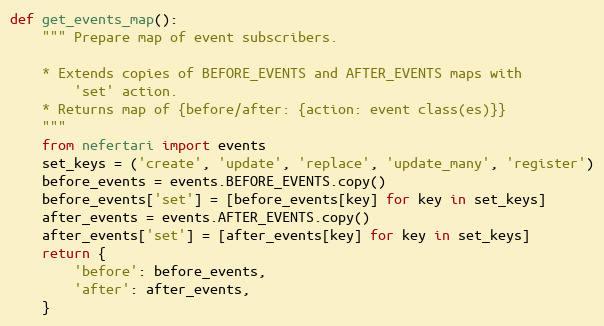
Language: Python
def get_events_map():
    """ Prepare map of event subscribers.

    * Extends copies of BEFORE_EVENTS and AFTER_EVENTS maps with
        'set' action.
    * Returns map of {before/after: {action: event class(es)}}
    """
    from nefertari import events
    set_keys = ('create', 'update', 'replace', 'update_many', 'register')
    before_events = events.BEFORE_EVENTS.copy()
    before_events['set'] = [before_events[key] for key in set_keys]
    after_events = events.AFTER_EVENTS.copy()
    after_events['set'] = [after_events[key] for key in set_keys]
    return {
        'before': before_events,
        'after': after_events,
    }